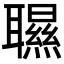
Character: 䏉